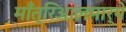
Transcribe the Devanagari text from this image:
माँत्रिआलमार्गे